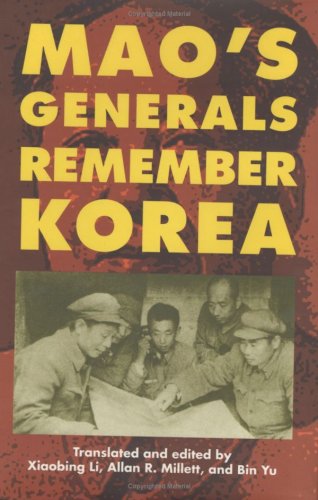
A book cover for Mao's Generals Remember Korea; History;